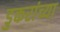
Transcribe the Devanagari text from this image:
डुकरांच्या